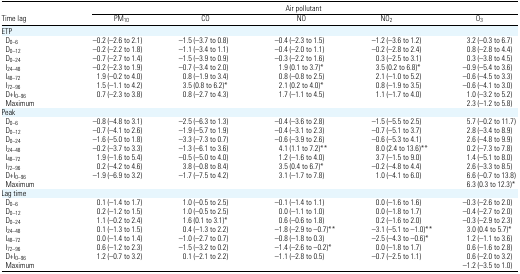
<table><thead><tr><td></td><td colspan="5"><b>Air pollutant</b></td></tr><tr><td><b>Time lag</b></td><td><b>PM<sub>10</sub></b></td><td><b>CO</b></td><td><b>NO</b></td><td><b>NO<sub>2</sub></b></td><td><b>O<sub>3</sub></b></td></tr></thead><tbody><tr><td colspan="6">ETP</td></tr><tr><td> D<sub>0–6</sub></td><td>−0.2 (−2.6 to 2.1)</td><td>−1.5 (−3.7 to 0.8)</td><td>−0.4 (−2.3 to 1.5)</td><td>−1.2 (−3.6 to 1.2)</td><td>3.2 (−0.3 to 6.7)</td></tr><tr><td> D<sub>0–12</sub></td><td>−0.2 (−2.2 to 1.8)</td><td>−1.1 (−3.4 to 1.1)</td><td>−0.4 (−2.0 to 1.1)</td><td>−0.2 (−2.8 to 2.4)</td><td>0.8 (−2.8 to 4.4)</td></tr><tr><td> D<sub>0–24</sub></td><td>−0.7 (−2.7 to 1.4)</td><td>−1.5 (−3.9 to 0.9)</td><td>−0.3 (−2.2 to 1.6)</td><td>0.3 (−2.5 to 3.1)</td><td>0.3 (−3.8 to 4.5)</td></tr><tr><td> I<sub>24–48</sub></td><td>−0.2 (−2.3 to 1.9)</td><td>−0.7 (−3.4 to 2.0)</td><td>1.9 (0.1 to 3.7)*</td><td>3.5 (0.2 to 6.8)*</td><td>−0.9 (−5.4 to 3.6)</td></tr><tr><td> I<sub>48–72</sub></td><td>1.9 (−0.2 to 4.0)</td><td>0.8 (−1.9 to 3.4)</td><td>0.8 (−0.8 to 2.5)</td><td>2.1 (−1.0 to 5.2)</td><td>−0.6 (−4.5 to 3.3)</td></tr><tr><td> I<sub>72–96</sub></td><td>1.5 (−1.1 to 4.2)</td><td>3.5 (0.8 to 6.2)*</td><td>2.1 (0.2 to 4.0)*</td><td>0.8 (−1.9 to 3.5)</td><td>−0.6 (−4.1 to 3.0)</td></tr><tr><td> D+I<sub>0–96</sub></td><td>0.7 (−2.3 to 3.8)</td><td>0.8 (−2.7 to 4.3)</td><td>1.7 (−1.1 to 4.5)</td><td>1.1 (−1.7 to 4.0)</td><td>1.0 (−3.2 to 5.2)</td></tr><tr><td> Maximum</td><td></td><td></td><td></td><td></td><td>2.3 (−1.2 to 5.8)</td></tr><tr><td colspan="6">Peak</td></tr><tr><td> D<sub>0–6</sub></td><td>−0.8 (−4.8 to 3.1)</td><td>−2.5 (−6.3 to 1.3)</td><td>−0.4 (−3.6 to 2.8)</td><td>−1.5 (−5.5 to 2.5)</td><td>5.7 (−0.2 to 11.7)</td></tr><tr><td> D<sub>0–12</sub></td><td>−0.7 (−4.1 to 2.6)</td><td>−1.9 (−5.7 to 1.9)</td><td>−0.4 (−3.1 to 2.3)</td><td>−0.7 (−5.1 to 3.7)</td><td>2.8 (−3.4 to 8.9)</td></tr><tr><td> D<sub>0–24</sub></td><td>−1.6 (−5.0 to 1.8)</td><td>−3.3 (−7.3 to 0.7)</td><td>−0.6 (−3.9 to 2.6)</td><td>−0.6 (−5.3 to 4.1)</td><td>2.6 (−4.8 to 9.9)</td></tr><tr><td> I<sub>24–48</sub></td><td>−0.2 (−3.7 to 3.3)</td><td>−1.3 (−6.1 to 3.6)</td><td>4.1 (1.1 to 7.2)**</td><td>8.0 (2.4 to 13.6)**</td><td>0.2 (−7.3 to 7.8)</td></tr><tr><td> I<sub>48–72</sub></td><td>1.9 (−1.6 to 5.4)</td><td>−0.5 (−5.0 to 4.0)</td><td>1.2 (−1.6 to 4.0)</td><td>3.7 (−1.5 to 9.0)</td><td>1.4 (−5.1 to 8.0)</td></tr><tr><td> I<sub>72–96</sub></td><td>0.2 (−4.2 to 4.6)</td><td>3.8 (−0.8 to 8.4)</td><td>3.5 (0.4 to 6.7)*</td><td>−0.2 (−4.8 to 4.4)</td><td>2.6 (−3.3 to 8.5)</td></tr><tr><td> D+I<sub>0–96</sub></td><td>−1.9 (−6.9 to 3.2)</td><td>−1.7 (−7.5 to 4.2)</td><td>3.1 (−1.7 to 7.8)</td><td>1.0 (−4.1 to 6.0)</td><td>6.6 (−0.7 to 13.8)</td></tr><tr><td> Maximum</td><td></td><td></td><td></td><td></td><td>6.3 (0.3 to 12.3)*</td></tr><tr><td colspan="6">Lag time</td></tr><tr><td> D<sub>0–6</sub></td><td>0.1 (−1.4 to 1.7)</td><td>1.0 (−0.5 to 2.5)</td><td>−0.1 (−1.4 to 1.1)</td><td>0.0 (−1.6 to 1.6)</td><td>−0.3 (−2.6 to 2.0)</td></tr><tr><td> D<sub>0–12</sub></td><td>0.2 (−1.2 to 1.5)</td><td>1.0 (−0.5 to 2.5)</td><td>0.0 (−1.1 to 1.0)</td><td>0.0 (−1.8 to 1.7)</td><td>−0.4 (−2.7 to 2.0)</td></tr><tr><td> D<sub>0–24</sub></td><td>1.1 (−0.2 to 2.4)</td><td>1.6 (0.1 to 3.1)*</td><td>0.6 (−0.6 to 1.8)</td><td>0.2 (−1.6 to 2.0)</td><td>−0.3 (−2.9 to 2.3)</td></tr><tr><td> I<sub>24–48</sub></td><td>0.1 (−1.3 to 1.5)</td><td>0.4 (−1.3 to 2.2)</td><td>−1.8 (−2.9 to −0.7)**</td><td>−3.1 (−5.1 to −1.0)**</td><td>3.0 (0.4 to 5.7)*</td></tr><tr><td> I<sub>48–72</sub></td><td>0.0 (−1.4 to 1.4)</td><td>−1.0 (−2.7 to 0.7)</td><td>−0.8 (−1.8 to 0.3)</td><td>−2.5 (−4.3 to −0.6)*</td><td>1.2 (−1.1 to 3.6)</td></tr><tr><td> I<sub>72–96</sub></td><td>0.6 (−1.2 to 2.3)</td><td>−1.5 (−3.2 to 0.2)</td><td>−1.4 (−2.6 to −0.2)*</td><td>0.0 (−1.8 to 1.7)</td><td>0.6 (−1.6 to 2.8)</td></tr><tr><td> D+I<sub>0–96</sub></td><td>1.2 (−0.7 to 3.2)</td><td>0.1 (−2.1 to 2.2)</td><td>−1.1 (−2.8 to 0.5)</td><td>−0.7 (−2.5 to 1.1)</td><td>0.6 (−2.0 to 3.2)</td></tr><tr><td> Maximum</td><td></td><td></td><td></td><td></td><td>−1.2 (−3.5 to 1.0)</td></tr></tbody></table>